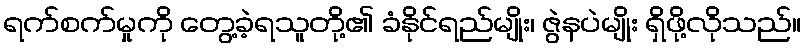
ရက်စက်မှုကို တွေ့ခဲ့ရသူတို့၏ ခံနိုင်ရည်မျိုး၊ ဇွဲနပဲမျိုး ရှိဖို့လိုသည်။